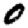
Digit: 0